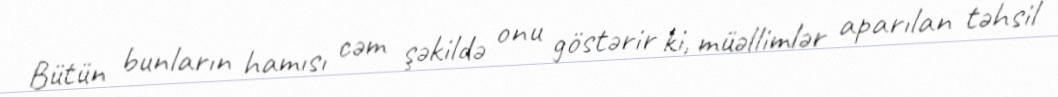
Bütün bunların hamısı cəm şəkildə onu göstərir ki, müəllimlər aparılan təhsil